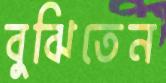
বুঝিতেন